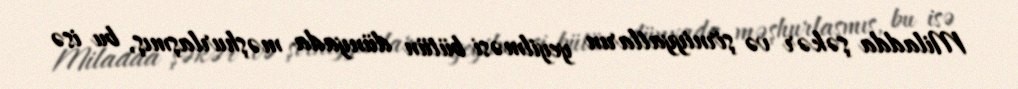
Miladda şəkər və şirniyyatların yeyilməsi bütün dünyada məşhurlaşmış, bu isə